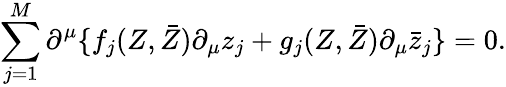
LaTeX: \sum_{j=1}^{M}\partial^{\mu}\{ f_{j}(Z,\bar{Z})\partial_{\mu}z_{j}+g_{j}(Z,\bar{Z})\partial_{\mu}\bar{z}_{j}\} =0.